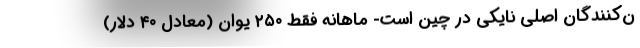
ن‌کنندگان اصلی نایکی در چین است- ماهانه فقط ۲۵۰ یوان (معادل ۴۰ دلار)